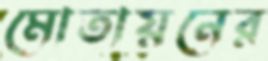
মোতায়নের